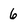
Character: 6